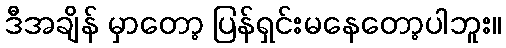
ဒီအချိန် မှာတော့ ပြန်ရှင်းမနေတော့ပါဘူး။